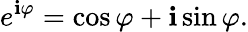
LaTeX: e^{\mathbf{i}\varphi}=\cos\varphi+\mathbf{i}\sin\varphi.